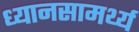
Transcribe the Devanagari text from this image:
ध्यानसामर्थ्य